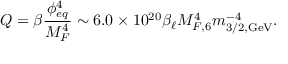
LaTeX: Q = \beta \frac { \phi _ { e q } ^ { 4 } } { M _ { F } ^ { 4 } } \sim 6 . 0 \times 1 0 ^ { 2 0 } \beta _ { \ell } M _ { F , 6 } ^ { 4 } m _ { 3 / 2 , \mathrm { G e V } } ^ { - 4 } .